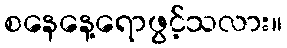
စနေနေ့ရောဖွင့်သလား။